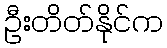
ဦးတိတ်နိုင်က